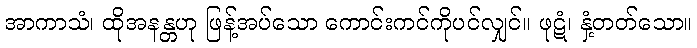
အာကာသံ၊ ထိုအနန္တဟု ဖြန့်အပ်သော ကောင်းကင်ကိုပင်လျှင်။ ဖုဋံ၊ နှံ့တတ်သော။